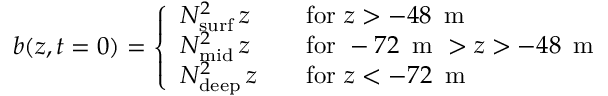
b ( z , t = 0 ) = \left\{ \begin{array} { l l } { N _ { \mathrm { s u r f } } ^ { 2 } \, z } & { \quad \mathrm { f o r } \, \, z > - 4 8 \, \textrm { m } } \\ { N _ { \mathrm { m i d } } ^ { 2 } \, z } & { \quad \mathrm { f o r } \, \, - 7 2 \, \textrm { m } > z > - 4 8 \, \textrm { m } } \\ { N _ { \mathrm { d e e p } } ^ { 2 } \, z } & { \quad \mathrm { f o r } \, \, z < - 7 2 \, \textrm { m } } \end{array} \right.